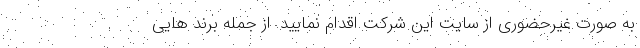
به صورت غیرحضوری از سایت این شرکت اقدام نمایید. از جمله برند هایی